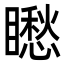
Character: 矁